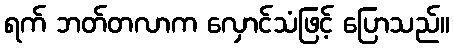
ရက် ဘတ်တလာက လှောင်သံဖြင့် ပြောသည်။